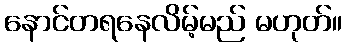
နောင်တရနေလိမ့်မည် မဟုတ်။